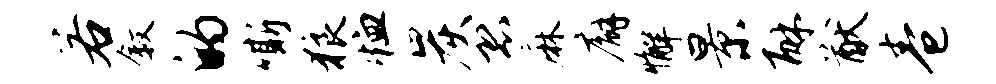
若叙的嘶狼恤炭恐麻廨懈景酥猷卷